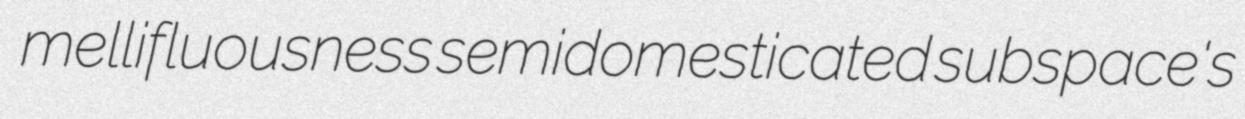
mellifluousness semidomesticated subspace's